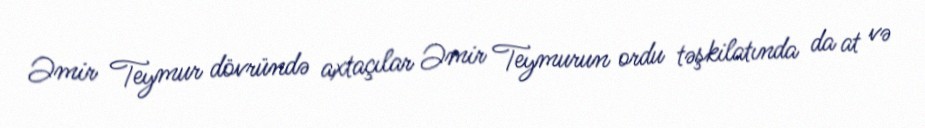
Əmir Teymur dövründə axtaçılar Əmir Teymurun ordu təşkilatında da at və